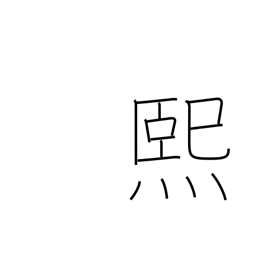
Meaning: sunny